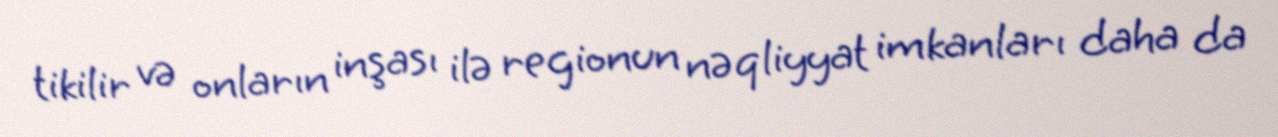
tikilir və onların inşası ilə regionun nəqliyyat imkanları daha da